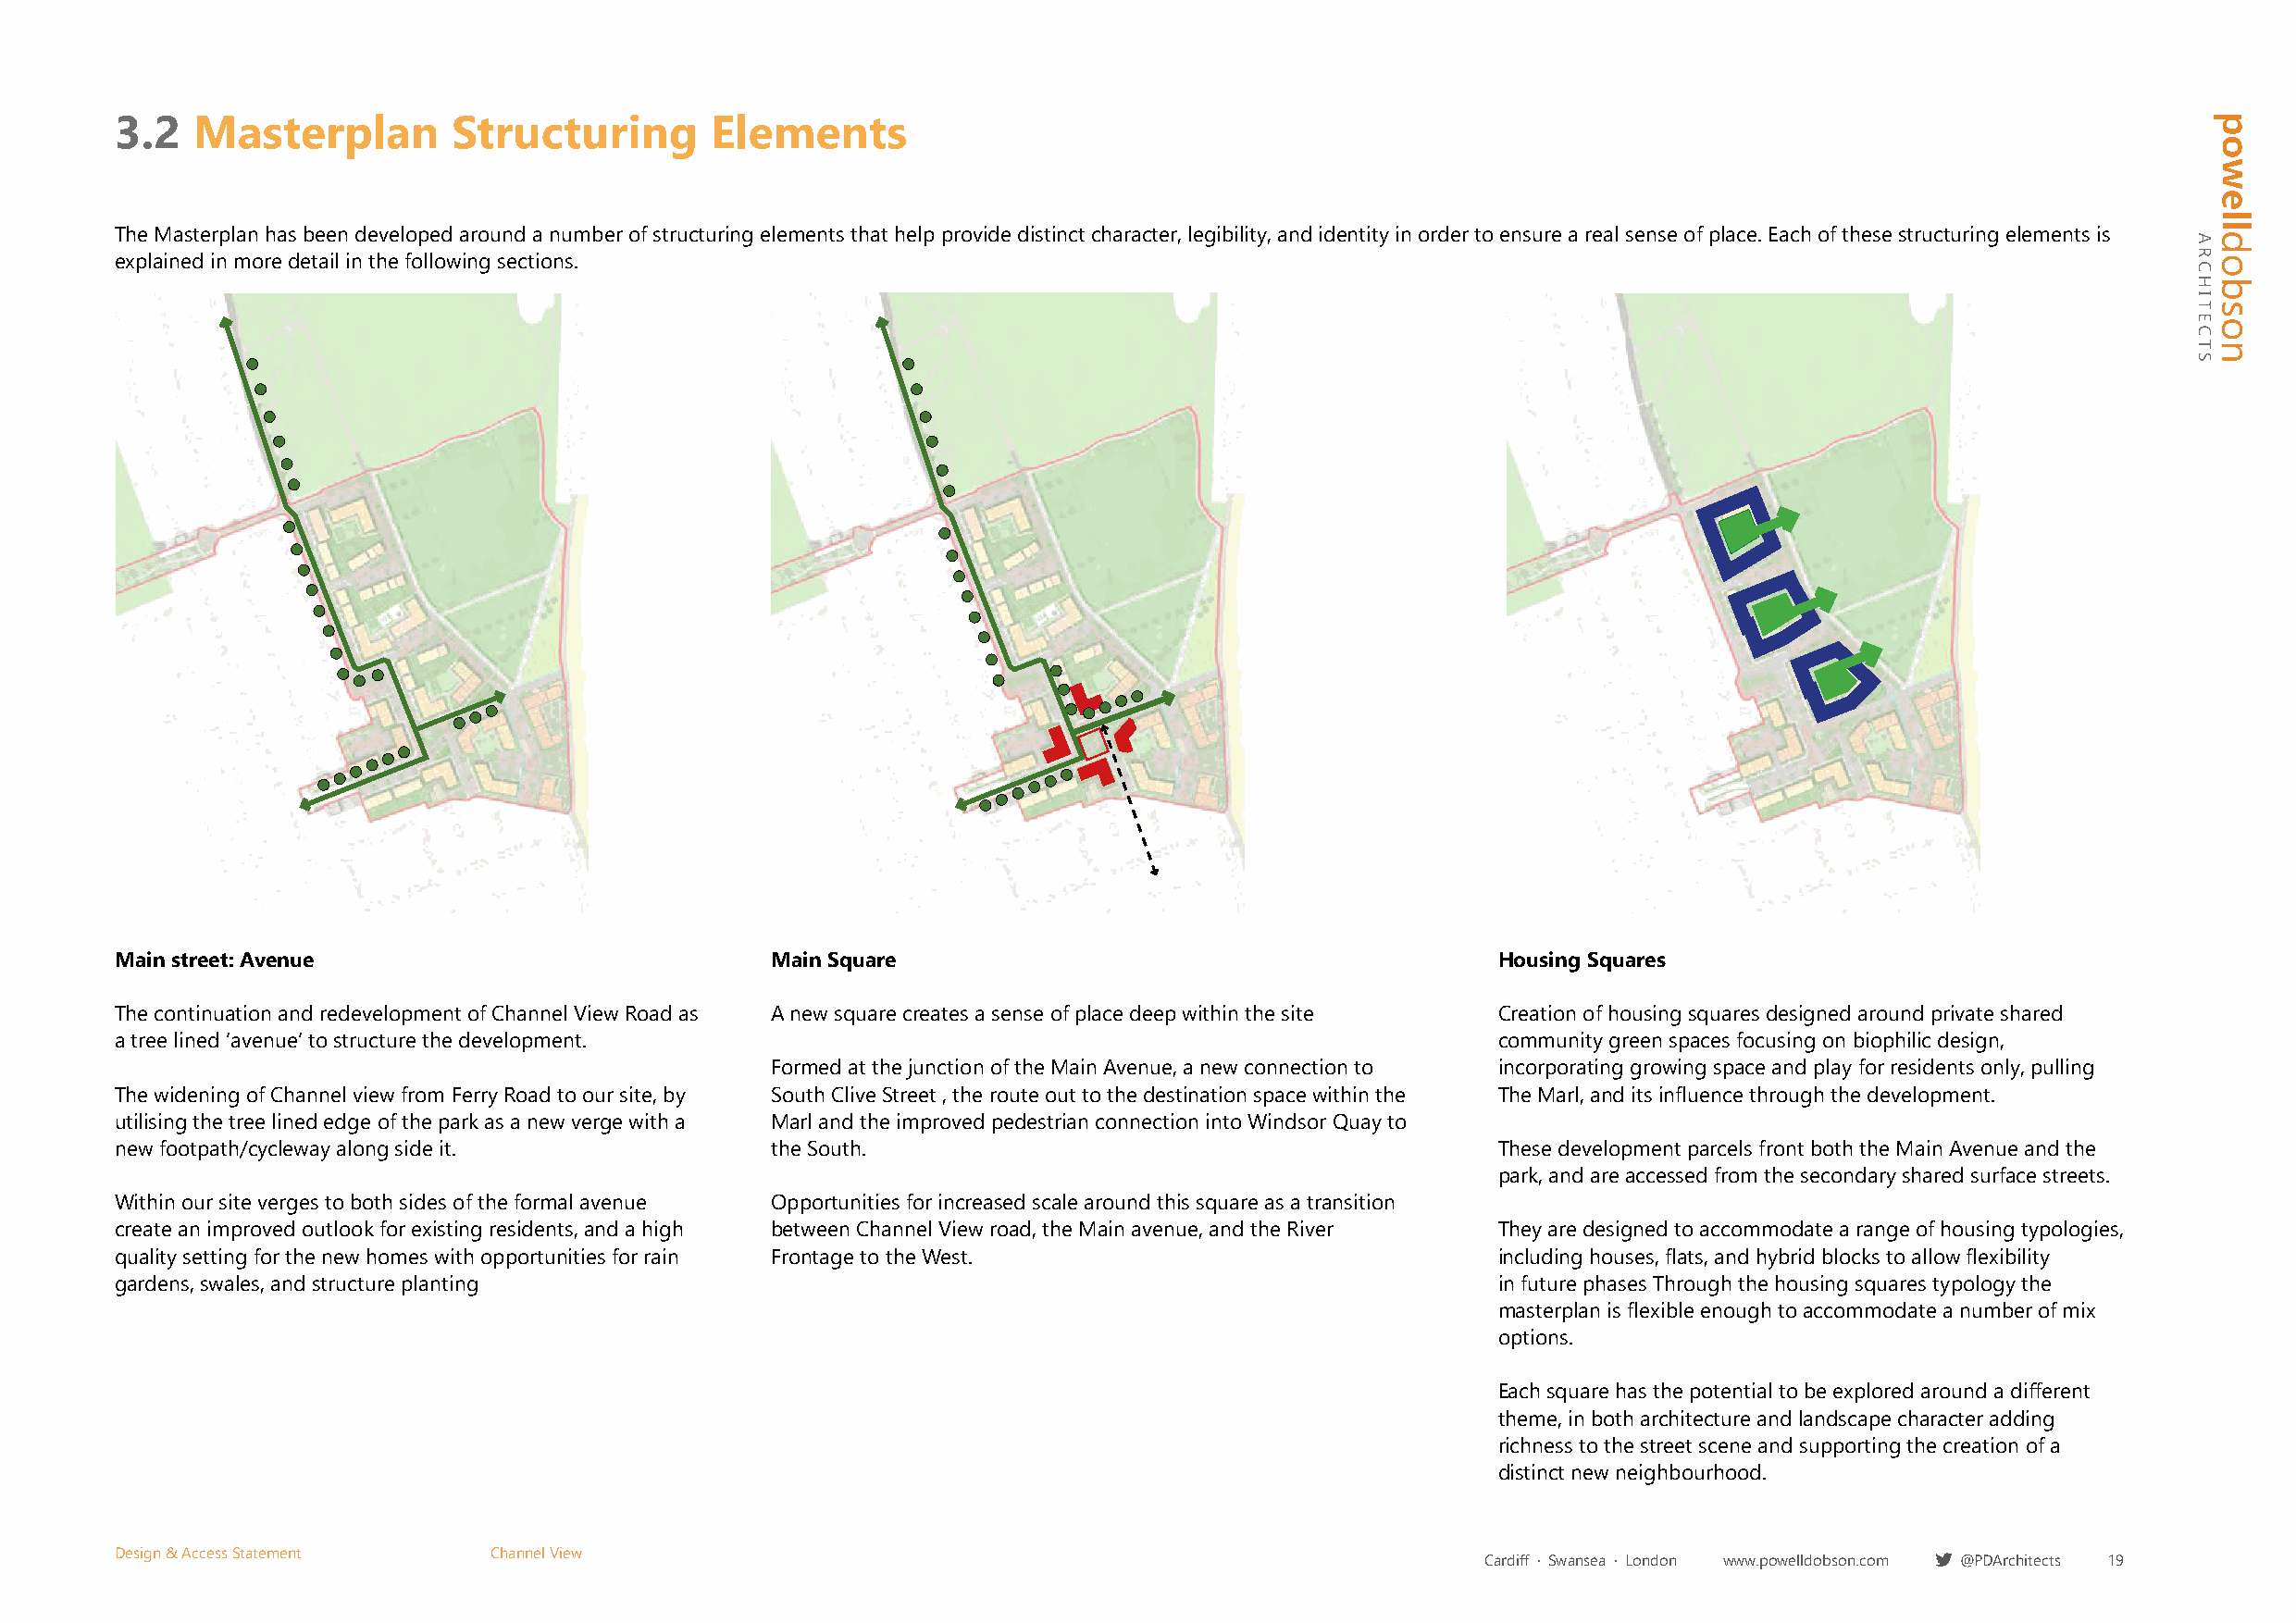
3.2   Masterplan        Structuring        Elements
 The Masterplan has been developed around a number of structuring elements that help provide distinct character, legibility, and identity in order to ensure a real sense of place. Each of these structuring elements is
 explained in more detail in the following sections.
 Main street: Avenue                            Main Square                                         Housing Squares
 The continuation and redevelopment of Channel View Road as A new square creates a sense of place deep within the site Creation of housing squares designed around private shared
 a tree lined ‘avenue’ to structure the development.                                                community green spaces focusing on biophilic design,
 Formed at the junction of the Main Avenue, a new connection to incorporating growing space and play for residents only, pulling
 The widening of Channel view from Ferry Road to our site, by South Clive Street , the route out to the destination space within the The Marl, and its influence through the development.
 utilising the tree lined edge of the park as a new verge with a Marl and the improved pedestrian connection into Windsor Quay to
 new footpath/cycleway along side it.           the South.                                          These development parcels front both the Main Avenue and the
 park, and are accessed from the secondary shared surface streets.
 Within our site verges to both sides of the formal avenue Opportunities for increased scale around this square as a transition
 create an improved outlook for existing residents, and a high between Channel View road, the Main avenue, and the River They are designed to accommodate a range of housing typologies,
 quality setting for the new homes with opportunities for rain Frontage to the West.                including houses, flats, and hybrid blocks to allow flexibility
 gardens, swales, and structure planting                                                            in future phases Through the housing squares typology the
 masterplan is flexible enough to accommodate a number of mix
 options.
 Each square has the potential to be explored around a different
 theme, in both architecture and landscape character adding
 richness to the street scene and supporting the creation of a
 distinct new neighbourhood.
 Design & Access Statement  Channel View
 Cardiff · Swansea · London www.powelldobson.com @PDArchitects 19